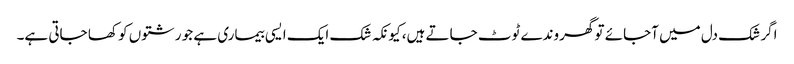
اگر شک دل میں آجائے تو گھروندے ٹوٹ جاتے ہیں، کیونکہ شک ایک ایسی بیماری ہے جو رشتوں کو کھا جاتی ہے۔